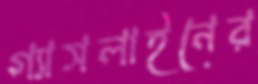
গ্যাসলাইনের